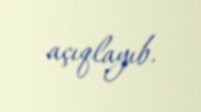
açıqlayıb.